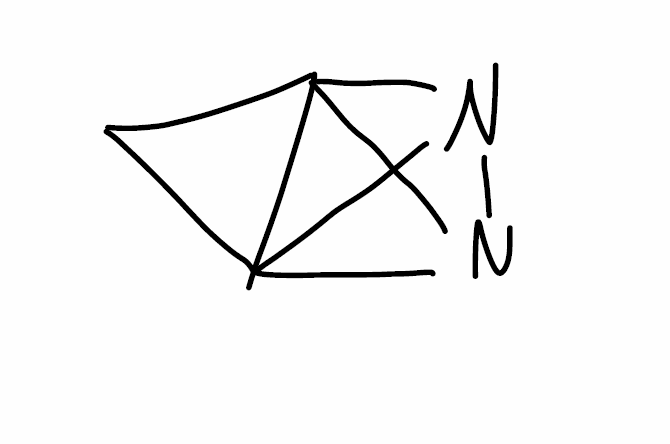
Simplified molecular-input line-entry system (SMILES) notation of the given molecule:
C1C23C14N2N34